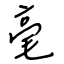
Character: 毫